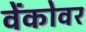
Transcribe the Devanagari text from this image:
वेंकोवर